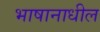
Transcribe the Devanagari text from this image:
भाषानाधील